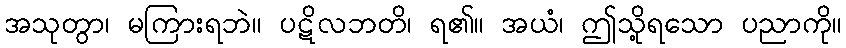
အသုတွာ၊ မကြားရဘဲ။ ပဋိလဘတိ၊ ရ၏။ အယံ၊ ဤသို့ရသော ပညာကို။